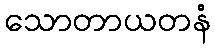
သောတာယတနံ